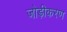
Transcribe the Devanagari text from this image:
जोड़ीकरण